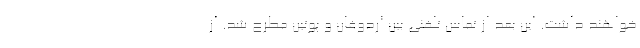
خواهند داشت. این بعد از تماس تلفنی بین اردوغان و پوتین مطرح شد. از